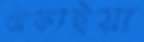
রেফাইয়া